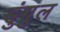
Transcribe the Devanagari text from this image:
डुंगुल